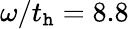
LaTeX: \omega/t_{\mathtt{h}}=8.8